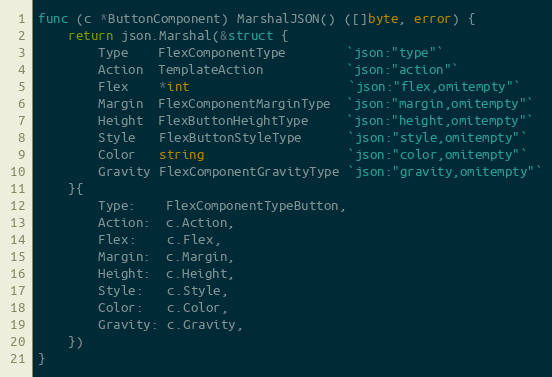
Language: Go
func (c *ButtonComponent) MarshalJSON() ([]byte, error) {
	return json.Marshal(&struct {
		Type    FlexComponentType        `json:"type"`
		Action  TemplateAction           `json:"action"`
		Flex    *int                     `json:"flex,omitempty"`
		Margin  FlexComponentMarginType  `json:"margin,omitempty"`
		Height  FlexButtonHeightType     `json:"height,omitempty"`
		Style   FlexButtonStyleType      `json:"style,omitempty"`
		Color   string                   `json:"color,omitempty"`
		Gravity FlexComponentGravityType `json:"gravity,omitempty"`
	}{
		Type:    FlexComponentTypeButton,
		Action:  c.Action,
		Flex:    c.Flex,
		Margin:  c.Margin,
		Height:  c.Height,
		Style:   c.Style,
		Color:   c.Color,
		Gravity: c.Gravity,
	})
}